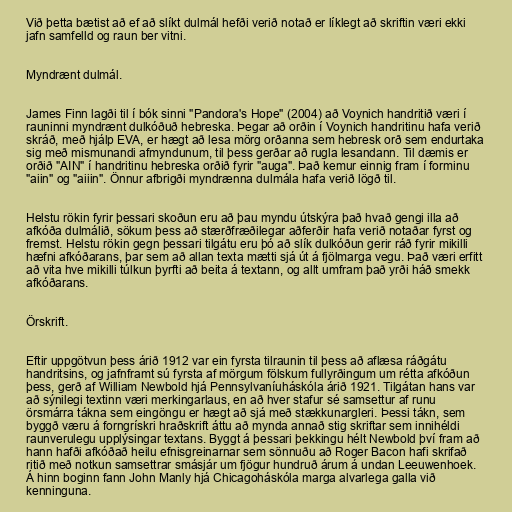
Við þetta bætist að ef að slíkt dulmál hefði verið notað er líklegt að skriftin væri ekki
jafn samfelld og raun ber vitni.

Myndrænt dulmál.

James Finn lagði til í bók sinni "Pandora's Hope" (2004) að Voynich handritið væri í
rauninni myndrænt dulkóðuð hebreska. Þegar að orðin í Voynich handritinu hafa verið
skráð, með hjálp EVA, er hægt að lesa mörg orðanna sem hebresk orð sem endurtaka
sig með mismunandi afmyndunum, til þess gerðar að rugla lesandann. Til dæmis er
orðið "AIN" í handritinu hebreska orðið fyrir "auga". Það kemur einnig fram í forminu
"aiin" og "aiiin". Önnur afbrigði myndrænna dulmála hafa verið lögð til.

Helstu rökin fyrir þessari skoðun eru að þau myndu útskýra það hvað gengi illa að
afkóða dulmálið, sökum þess að stærðfræðilegar aðferðir hafa verið notaðar fyrst og
fremst. Helstu rökin gegn þessari tilgátu eru þó að slík dulkóðun gerir ráð fyrir mikilli
hæfni afkóðarans, þar sem að allan texta mætti sjá út á fjölmarga vegu. Það væri erfitt
að vita hve mikilli túlkun þyrfti að beita á textann, og allt umfram það yrði háð smekk
afkóðarans.

Örskrift.

Eftir uppgötvun þess árið 1912 var ein fyrsta tilraunin til þess að aflæsa ráðgátu
handritsins, og jafnframt sú fyrsta af mörgum fölskum fullyrðingum um rétta afkóðun
þess, gerð af William Newbold hjá Pennsylvaníuháskóla árið 1921. Tilgátan hans var
að sýnilegi textinn væri merkingarlaus, en að hver stafur sé samsettur af runu
örsmárra tákna sem eingöngu er hægt að sjá með stækkunargleri. Þessi tákn, sem
byggð væru á forngrískri hraðskrift áttu að mynda annað stig skriftar sem innihéldi
raunverulegu upplýsingar textans. Byggt á þessari þekkingu hélt Newbold því fram að
hann hafði afkóðað heilu efnisgreinarnar sem sönnuðu að Roger Bacon hafi skrifað
ritið með notkun samsettrar smásjár um fjögur hundruð árum á undan Leeuwenhoek.
Á hinn boginn fann John Manly hjá Chicagoháskóla marga alvarlega galla við
kenninguna.